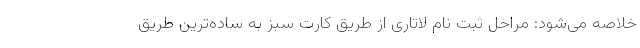
خلاصه می‌شود: مراحل ثبت نام لاتاری از طریق کارت سبز به ساده‌ترین طریق